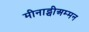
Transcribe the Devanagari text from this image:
मीनाट्चीअम्मन